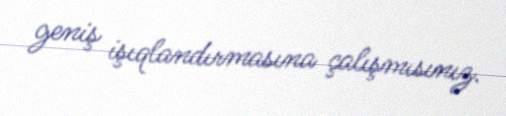
geniş işıqlandırmasına çalışmısınız.